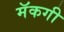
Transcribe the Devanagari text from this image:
मॅकगी